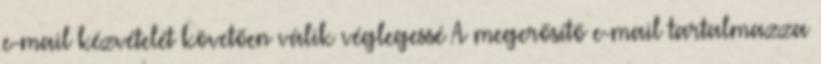
e-mail kézvételét követően válik véglegessé A megerősítő e-mail tartalmazza